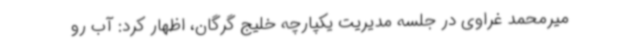
میرمحمد غراوی در جلسه مدیریت یکپارچه خلیج گرگان، اظهار کرد: آب رو